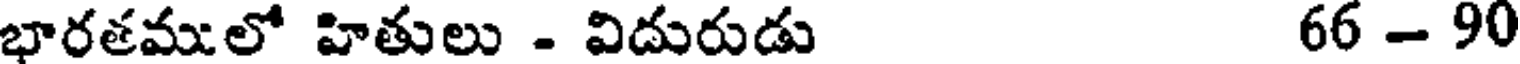
భారతములో హితులు - విదురుడు 66 - 90